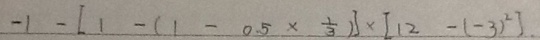
- 1 - [ 1 - ( 1 - 0 . 5 \times \frac { 1 } { 3 } ) ] \times [ 1 2 - ( - 3 ) ^ { 2 } ] .